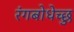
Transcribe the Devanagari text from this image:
रंगबोधेच्छु